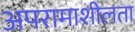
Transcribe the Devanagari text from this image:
अपरामाशीलता